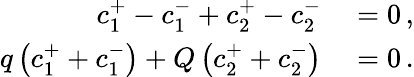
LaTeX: \begin{array}{rl}{c_{1}^{+}-c_{1}^{-}+c_{2}^{+}-c_{2}^{-}}&{{}=0\, ,}\\ {q\left(c_{1}^{+}+c_{1}^{-}\right)+Q\left(c_{2}^{+}+c_{2}^{-}\right)}&{{}=0\, .}\end{array}